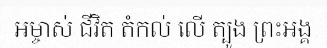
អម្ចាស់ ជីវិត តំកល់ លើ ត្បូង ព្រះអង្គ